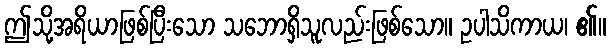
ဤသို့အရိယာဖြစ်ပြီးသော သဘောရှိသူလည်းဖြစ်သော။ ဥပါသိကာယ၊ ၏။